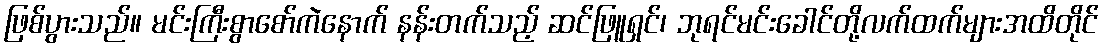
ဖြစ်ပွားသည်။ မင်းကြီးစွာစော်ကဲနောက် နန်းတက်သည့် ဆင်ဖြူရှင်၊ ဘုရင်မင်းခေါင်တို့လက်ထက်များအထိတိုင်